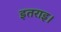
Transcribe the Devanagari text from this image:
इतराइ।